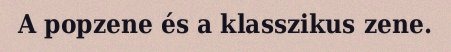
A popzene és a klasszikus zene.